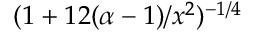
( 1 + 1 2 ( \alpha - 1 ) / x ^ { 2 } ) ^ { - 1 / 4 }